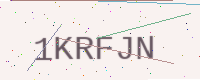
Text: 1KRFJN